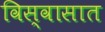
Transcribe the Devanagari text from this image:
विस्वासात